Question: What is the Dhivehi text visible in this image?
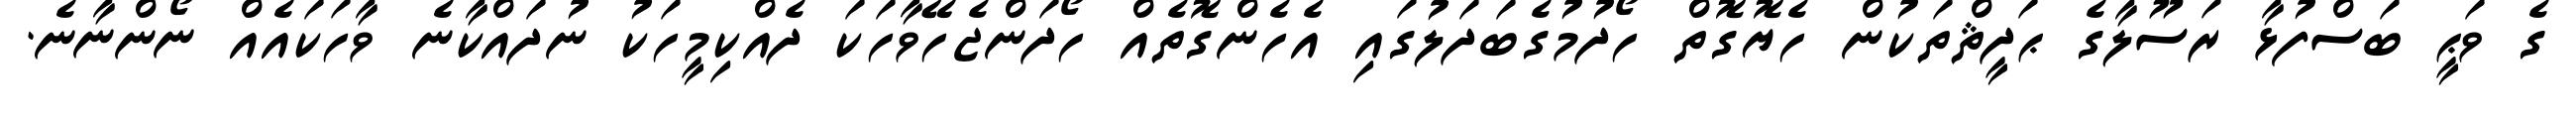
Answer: ގެ ވަޙީ ބަސްފުޅާ ރަސޫލާގެ ޙަދީޘްތަކުން ހެޔޮގޮތް ހޯދުމުގެބަދަލުގައި އެހެންގޮތެއް ހޯދަންޖެހޭވާހަކަ ދެއްކިމީހަކު ނުދައްކާނެ ވާހަކައެއް ނޯންނާނެ.